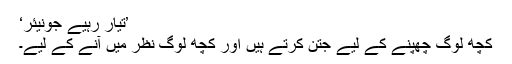
’تیار رہیے جونیئر‘
کچھ لوگ چھپنے کے لیے جتن کرتے ہیں اور کچھ لوگ نظر میں آنے کے لیے۔